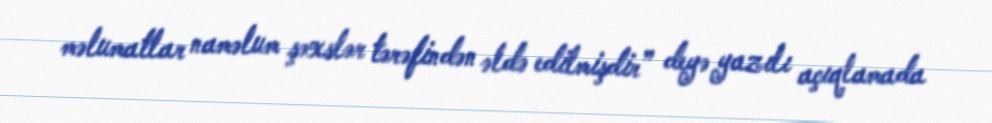
məlumatlar naməlum şəxslər tərəfindən əldə edilmişdir” deyə yazılı açıqlamada